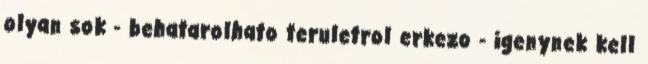
olyan sok - behatarolhato teruletrol erkezo - igenynek kell